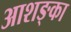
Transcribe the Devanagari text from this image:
आशङ्का